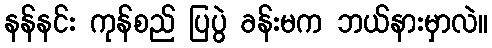
နန်နင်း ကုန်စည် ပြပွဲ ခန်းမက ဘယ်နားမှာလဲ။